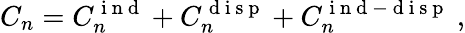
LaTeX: C_{n}=C_{n}^{\mathrm{~i~n~d~}}+C_{n}^{\mathrm{~d~i~s~p~}}+C_{n}^{\mathrm{~i~n~d~-~d~i~s~p~}}\ ,